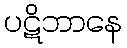
ပဋိဘာနေ